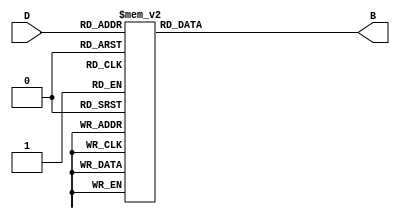
module decimal_to_binary_encoder (
    input [3:0] D,  // 4-bit decimal input
    output reg [3:0] B // 4-bit binary output
);

    always @(*) begin
        case (D)
            4'b0000: B = 4'b0000; // 0
            4'b0001: B = 4'b0001; // 1
            4'b0010: B = 4'b0010; // 2
            4'b0011: B = 4'b0011; // 3
            4'b0100: B = 4'b0100; // 4
            4'b0101: B = 4'b0101; // 5
            4'b0110: B = 4'b0110; // 6
            4'b0111: B = 4'b0111; // 7
            4'b1000: B = 4'b1000; // 8
            4'b1001: B = 4'b1001; // 9
            default: B = 4'b0000; // Invalid input (A-F), output can be defined as 0000
        endcase
    end

endmodule